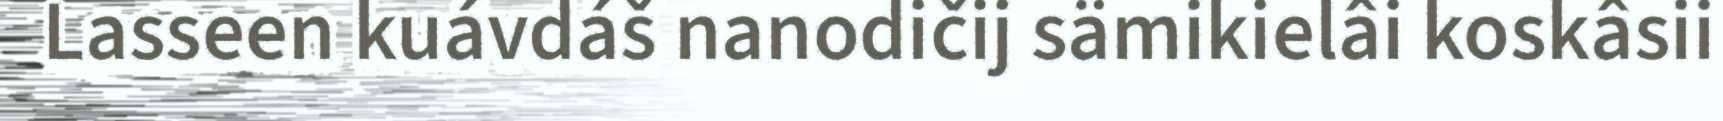
Lasseen kuávdáš nanodičij sämikielâi koskâsii